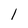
Character: 1